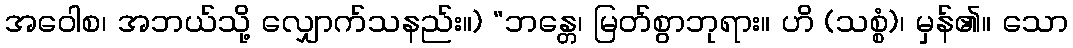
အဝေါစ၊ အဘယ်သို့ လျှောက်သနည်း။) “ဘန္တေ၊ မြတ်စွာဘုရား။ ဟိ (သစ္စံ)၊ မှန်၏။ သော